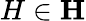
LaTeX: H\in\mathbf{H}